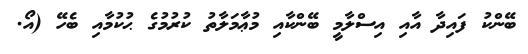
ބޭންކު ފައިދާ އާއި އިސްލާމީ ބޭންކާއި މުޢާމަލާތު ކުރުމުގެ ޙުކުމާއި ބެހޭ (އޯ.